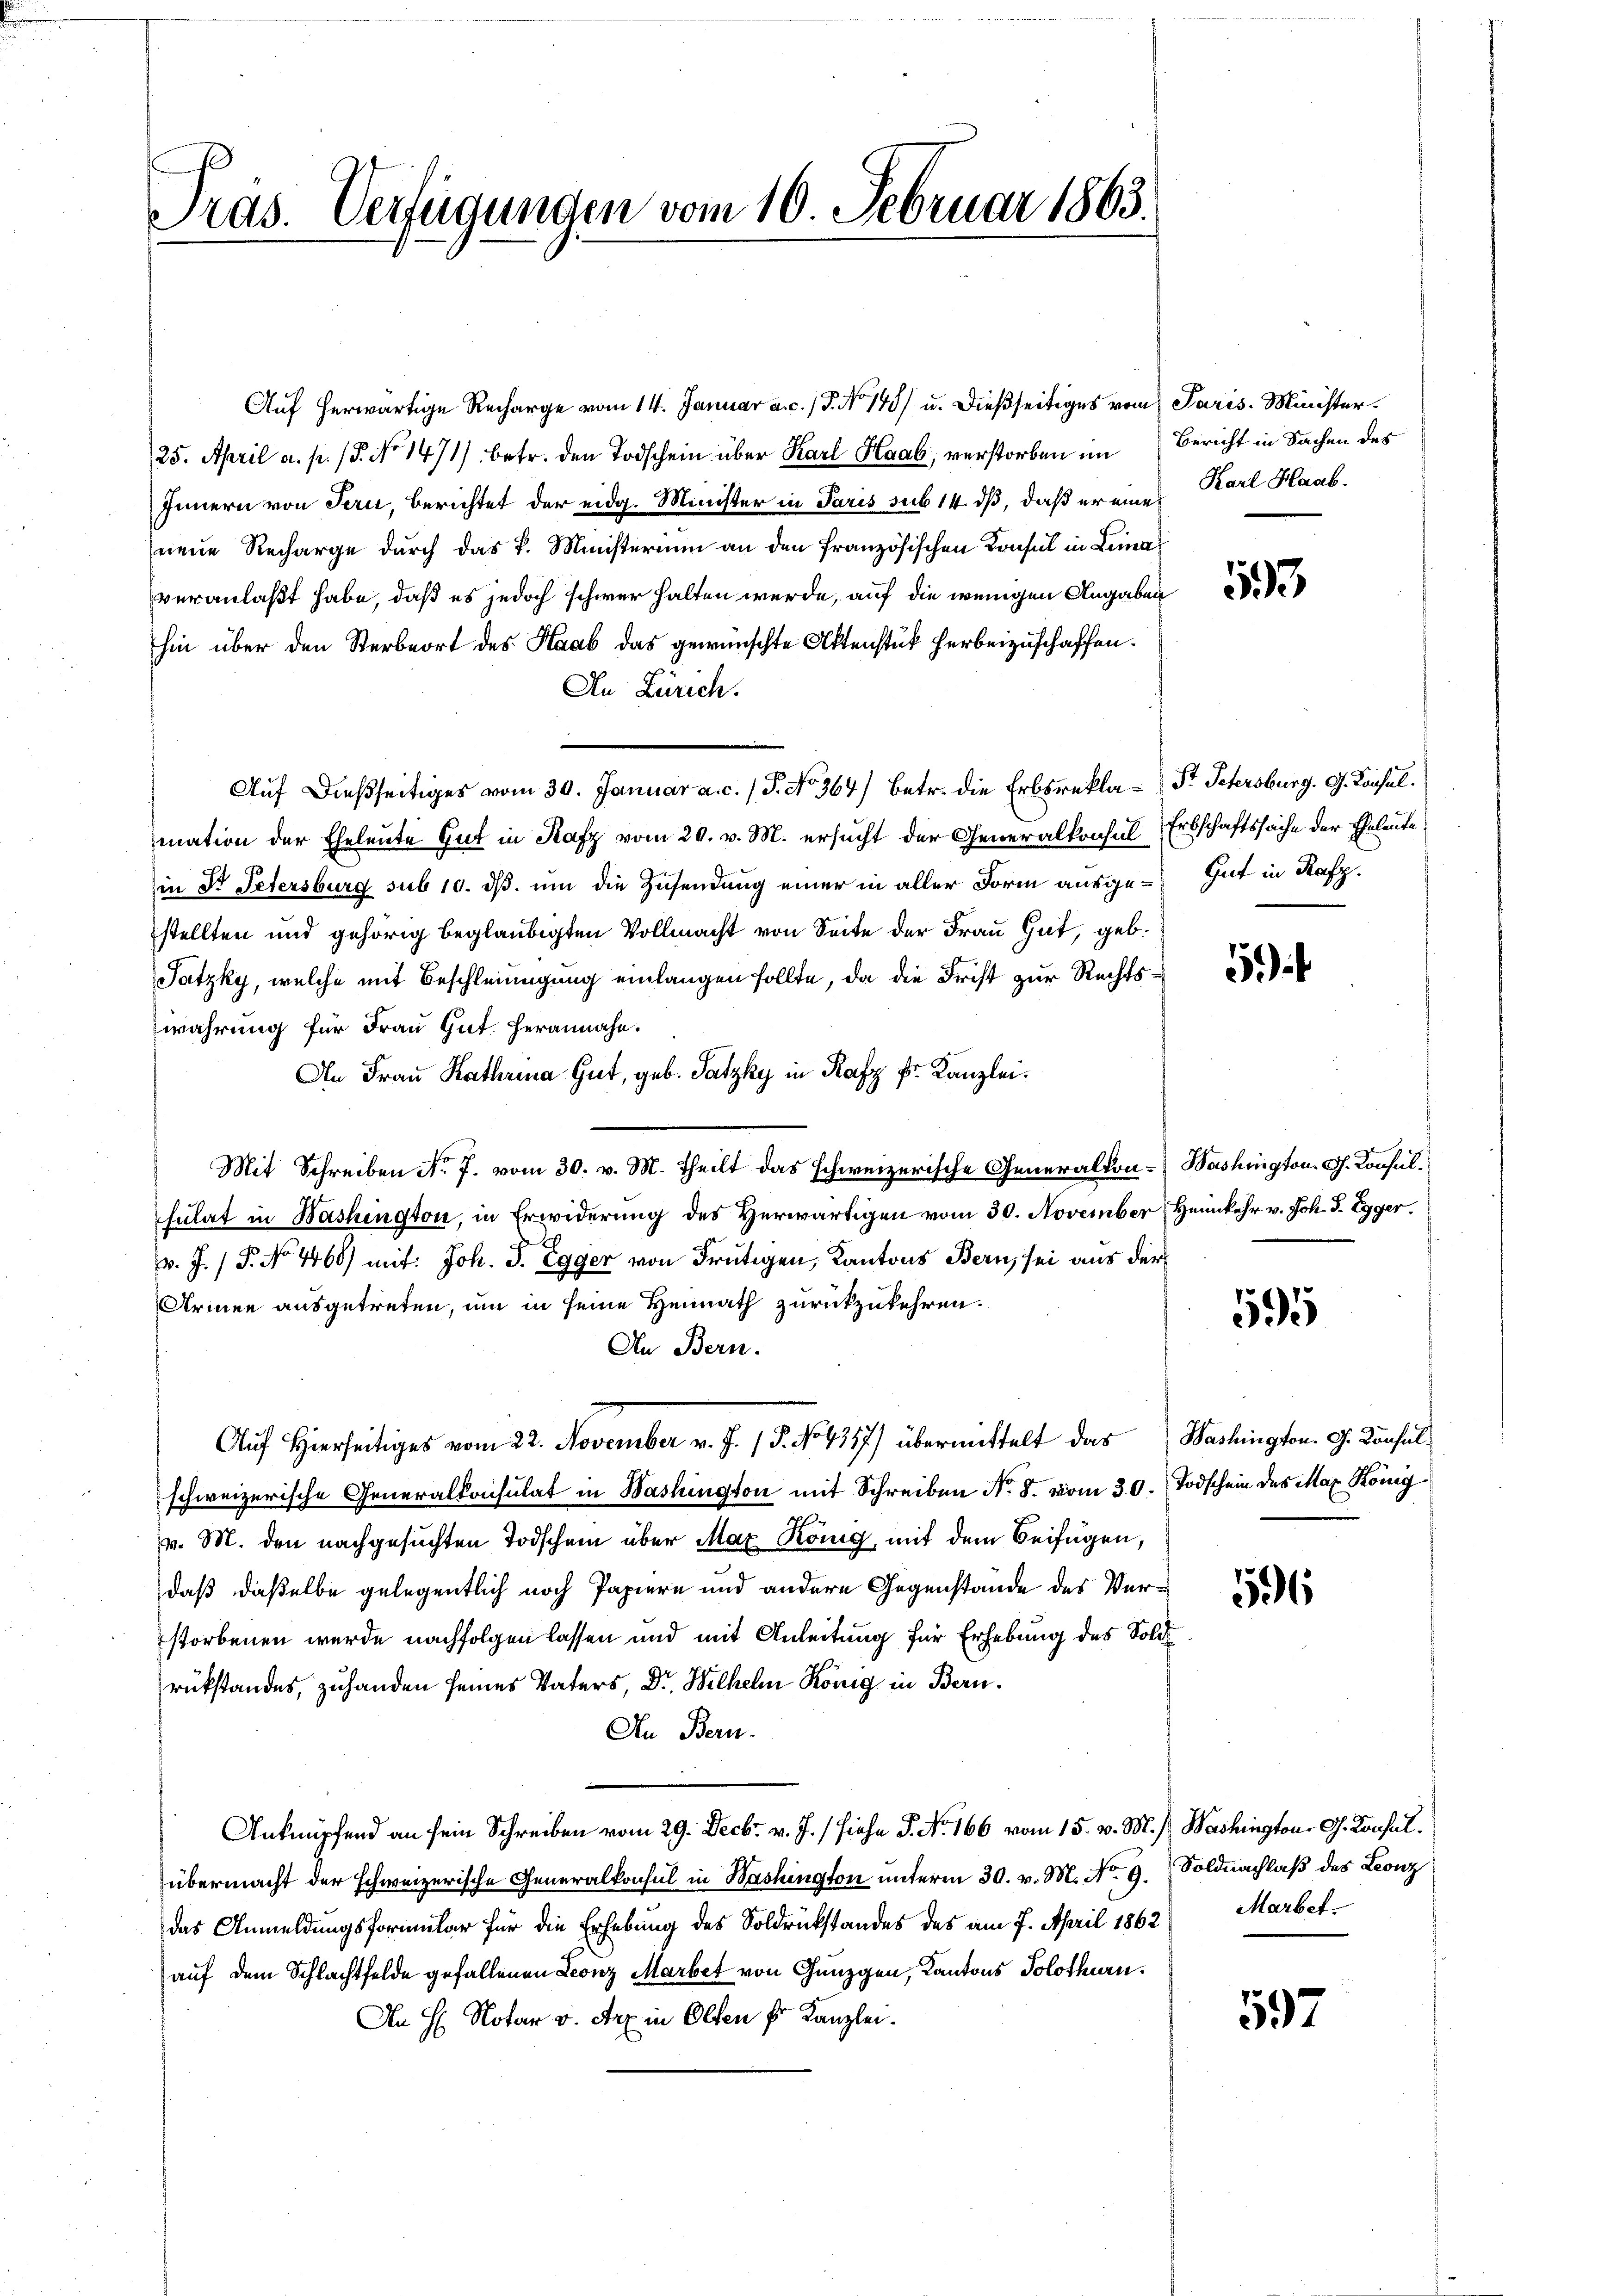
Auf herwärtige Recharge vom 14. Januar a.c. (T. No 145) u. dießseitiges vom Paris Minister¬
25. April a. p. (§. No 1471) betr. den Todschein über Karl Haab, verstorben im
Innern von Tern, berichtet der eidg. Minister in Paris sub 14. dß, daß er eines Karl Haab-
neue Recharge durch das k. Ministerium an den französischen Konsul in Leina
veranlaßt habe, daß es jedoch schwer halten werde, auf die wenigen Angaben
hin über den Sterbeort des Haab das gewünschte Aktenstück herbeizuschaffen.
An Zürich.
Auf dießseitiges vom 30. Januar a. c. / P. No. 364) betr. die Erbsrekla-Str. Petersburg. G. Konsulmation der Eheleute Gut in Rafz vom 20. v. M. ersucht der Generalkonsul Erbschaftssache der Eheleute
in St. Petersburg sub 10. ds. um die Zusendung einer in aller Form ausge-Gut in Rafz
stellten und gehörig beglaubigten Vollmacht von Seite der Frau Gut, geb.
Jatzky, welche mit Beschleinigung einlangen sollte, da die Frist zur Rechtswahrung für Frau Gut herannahe.
An Frau Kathrina Gut, geb. Satzky in Rafz Er. Kanzlei.
Mit Schreiben No. 7. vom 30. v. M. theilt das schweizerische Generalkon- Washington G. Konsulsulat in Bashington, in Erwiderung des Herwärtigen vom 30. November Heimkehr v. Joh. J. Egger.

v. J. P. No. 4468) mit: Joh. J. Egger von Frutigen, Kantons Bern, sei aus der
Armen ausgetreten, um in seine Heimath zurückzukehren.
An Bern.
Auf Hierseitiges vom 22. November v. J. 18. No 4357) übermittelt das Washington. G. Konsulschweizerische Generalkonsulat in Washington mit Schreiben N. 8. vom 30. Todschein des Max König
v. M. den nachgesuchten Todschein über Max König, mit dem Beifügen,
daß daßelbe gelegentlich noch Papiere und andere Gegenstände des Verstorbenen wurde nachfolgen lassen und mit Anleitung für Erhebung des Soldrükstandes, zuhanden seines Vaters, Dr. Wilhelm König in Bern.
An Bern.
Anknüpfend an sein Schreiben vom 29. Decbr. v. J. (siehe J. No. 166 vom 15. v. M.) Washington G. Konsulübermacht der schweizerische Generalkonsul in Washington unterm 30. v. M. No. 9. Soldnachlaß des Leonz
das Anmeldungsformular für die Erhebung des Soldrückstandes des am 7. April 1862
auf dem Schlachtfelde gefallenen Leonz Marbet von Günzgen, Kantons Solothurn.
An H. Notar v. Arx in Olten fr Kanzlei.

Tras. Verfügungen vom 10. Februar 1863.

Bericht in Sachen des

53

5

595

506

Marbet.

597